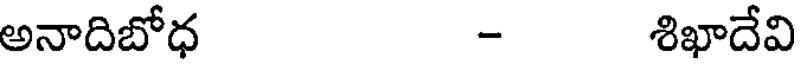
అనాదిబోధ - శిఖాదేవి